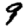
Digit: 9